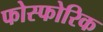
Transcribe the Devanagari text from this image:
फोस्फोरिक